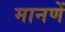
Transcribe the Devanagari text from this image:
मानणें